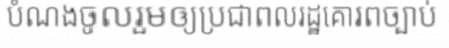
បំណងចូលរួមឲ្យប្រជាពលរដ្ឋគោរពច្បាប់